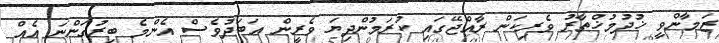
ޒަމާންވީ ޚުދުމުޚްތާރު ވެރިކަން ރާއްޖޭގައި ކުރަމުންދިޔަ ވެރީން އަބަދުވެސް އެންމެ ބިރުގަންނަ އެއް